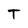
Character: T